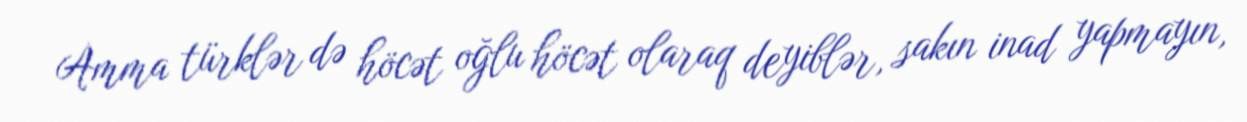
Amma türklər də höcət oğlu höcət olaraq deyiblər, sakın inad yapmayın,